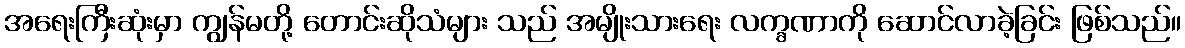
အရေးကြီးဆုံးမှာ ကျွန်မတို့ တောင်းဆိုသံများ သည် အမျိုးသားရေး လက္ခဏာကို ဆောင်လာခဲ့ခြင်း ဖြစ်သည်။